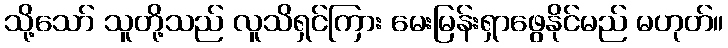
သို့သော် သူတို့သည် လူသိရှင်ကြား မေးမြန်းရှာဖွေနိုင်မည် မဟုတ်။